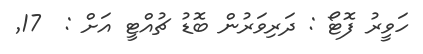
ހަވީރު ފޮޓޯ : ދަރިވަރުން ބޮޑު ޗުއްޓީ އަށް :  17